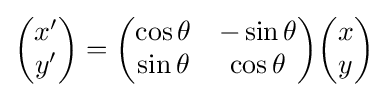
{\begin{pmatrix}x'\\y'\\\end{pmatrix}}={\begin{pmatrix}\cos \theta &-\sin \theta \\\sin \theta &\cos \theta \\\end{pmatrix}}{\begin{pmatrix}x\\y\\\end{pmatrix}}